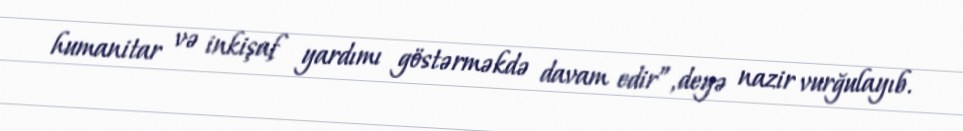
humanitar və inkişaf yardımı göstərməkdə davam edir”, deyə nazir vurğulayıb.